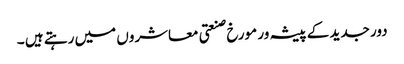
دور جدید کے پیشہ ور مورخ صنعتی معاشروں میں رہتے ہیں ۔